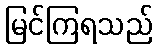
မြင်ကြရသည်